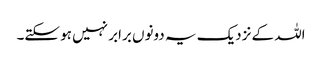
اللہ کے نزدیک یہ دونوں برابر نہیں ہو سکتے۔